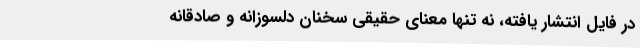
در فایل انتشار یافته، نه تنها معنای حقیقی سخنان دلسوزانه و صادقانه